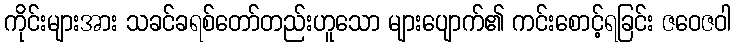
ကိုင်းများအား သခင်ခရစ်တော်တည်းဟူသော များပျောက်၏ ကင်းစောင့်ရခြင်း ဇဝေဇဝါ